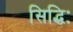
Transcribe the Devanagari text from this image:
सिद्धिः